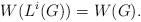
LaTeX: \begin{align*} W(L^i(G))=W(G).\end{align*}